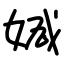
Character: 㛾